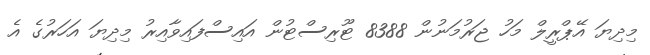
މިދިޔަ އޭޕްރީލް މަހު ޖަރުމަނުން 8388 ޓޫރިސްޓުން އައިސްފައިވާއިރު މިދިޔަ އަހަރުގެ އެ